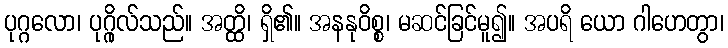
ပုဂ္ဂလော၊ ပုဂ္ဂိုလ်သည်။ အတ္ထိ၊ ရှိ၏။ အနနုဝိစ္စ၊ မဆင်ခြင်မူ၍။ အပရိ ယော ဂါဟေတွာ၊